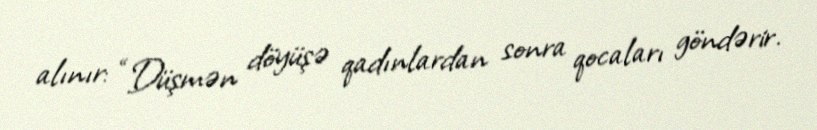
alınır: “Düşmən döyüşə qadınlardan sonra qocaları göndərir.